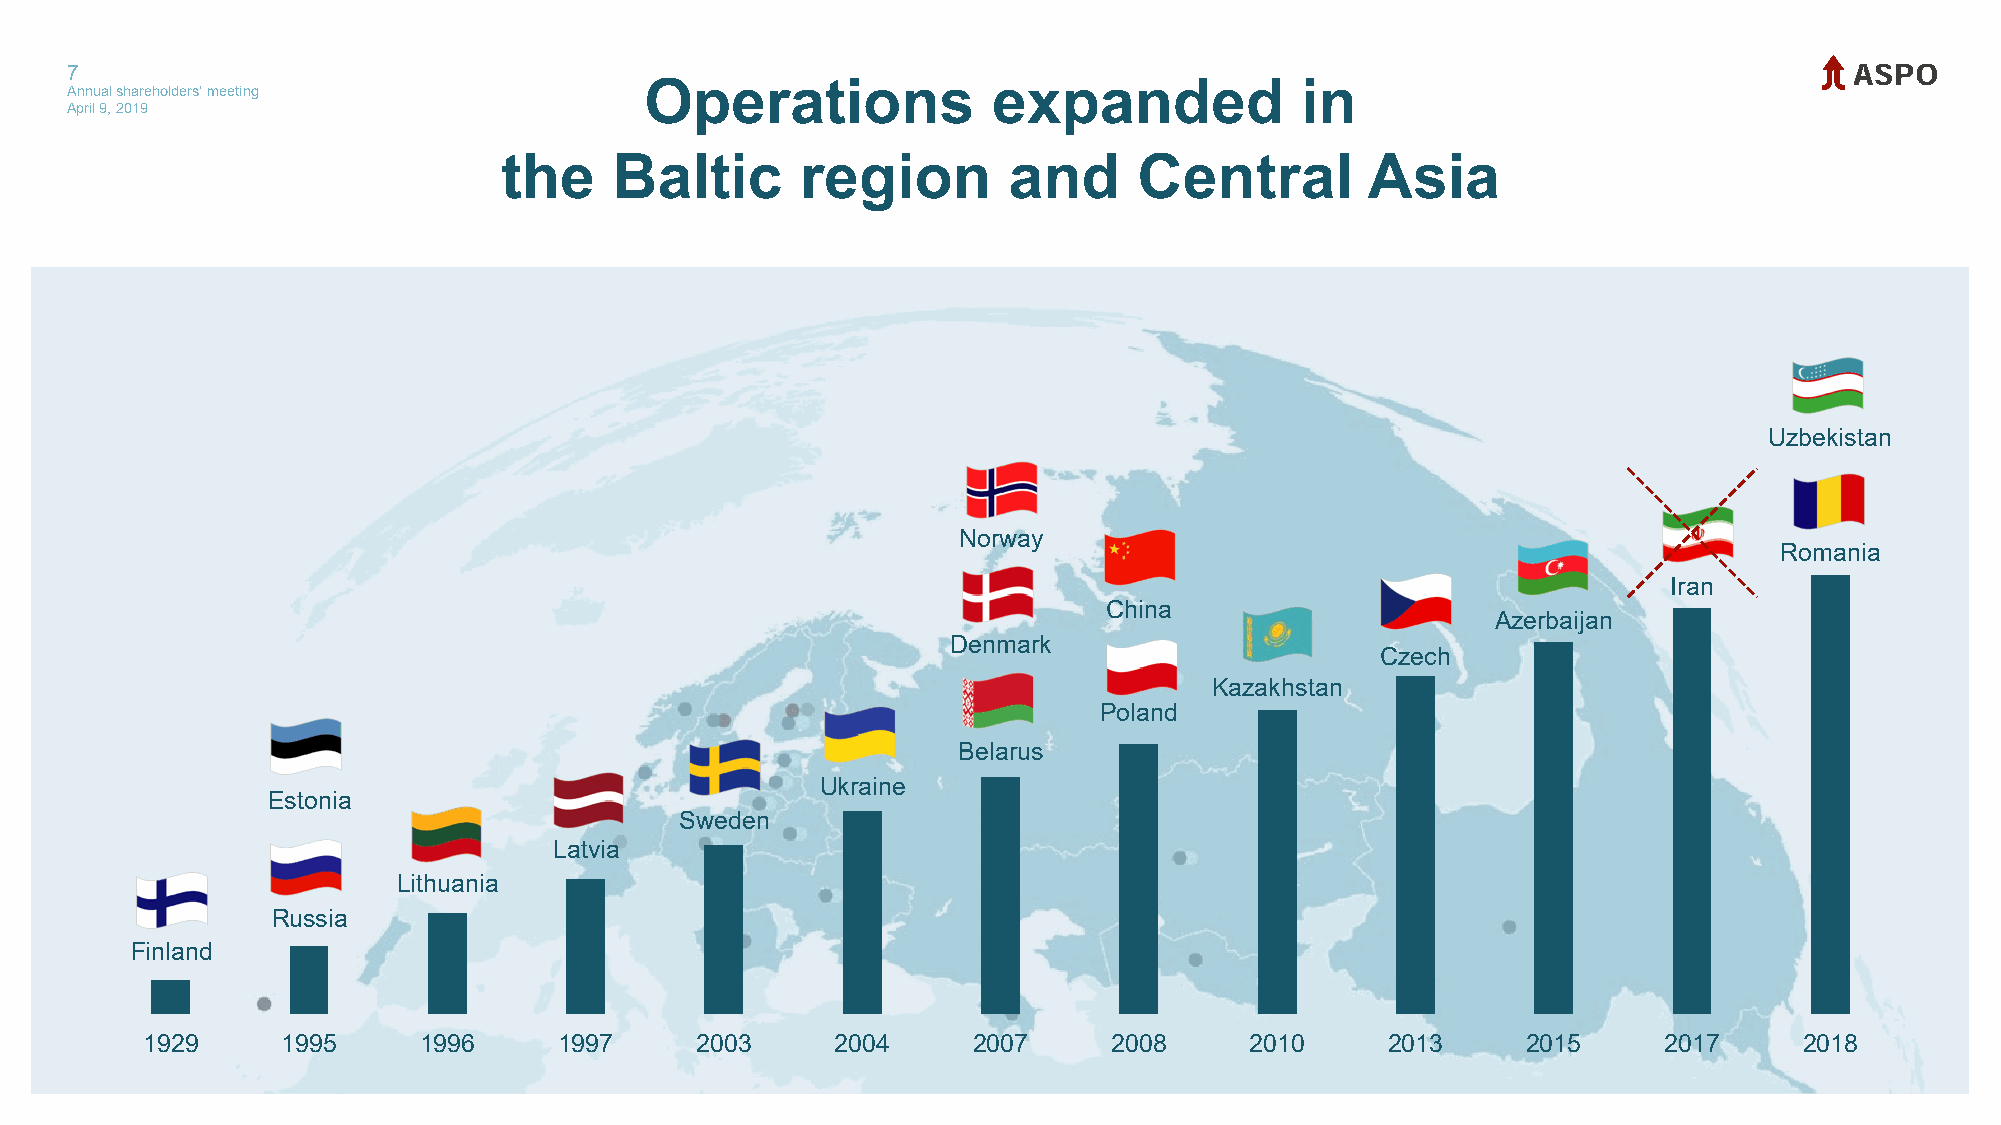
7
 Annual shareholders' meeting           Operations             expanded            in
 April 9, 2019
 the     Baltic      region        and     Central         Asia
 Uzbekistan
 Norway
 Romania
 Iran
 China
 Azerbaijan
 Denmark
 Czech
 Kazakhstan
 Poland
 Belarus
 Ukraine
 Estonia
 Sweden
 Latvia
 Lithuania
 Russia
 Finland
 1929      1995     1996     1997     2003     2004     2007      2008     2010     2013     2015     2017     2018